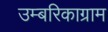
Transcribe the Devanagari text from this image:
उम्बरिकाग्राम